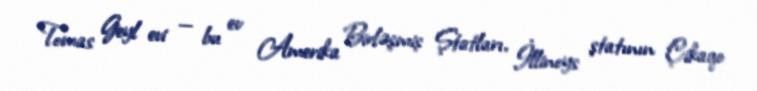
Tomas Geyl evi — bu ev Amerika Birləşmiş Ştatları, İllinoys ştatının Çikaqo